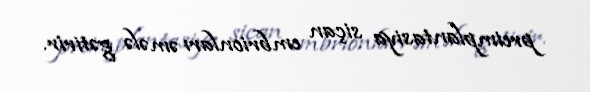
preimplantasiya siçan embrionları əmələ gətirir.